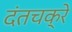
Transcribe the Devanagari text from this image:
दंतचक्रे